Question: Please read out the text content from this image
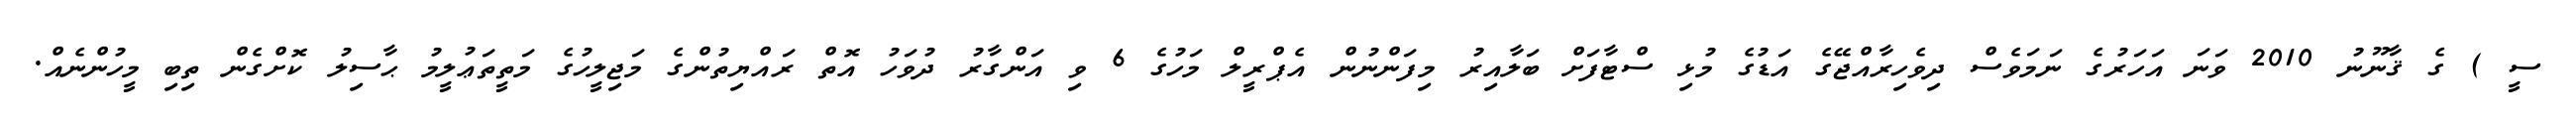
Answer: ސީ ) ގެ ޤާނޫނު 2010 ވަނަ އަހަރުގެ ނަމަވެސް ދިވެހިރާއްޖޭގެ އަޑުގެ މުޅި ސްޓާފަށް ބަލާއިރު މިފަންނުން އެޕްރީލް މަހުގެ 6 ވި އަންގާރު ދުވަހު އޮތް ރައްޔިތުންގެ މަޖިލީހުގެ މަތީތަޢުލީމު ޙާސިލު ކޮށްގެން ތިބި މީހުންނެއް.